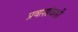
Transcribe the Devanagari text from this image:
प्रवाशांवरही